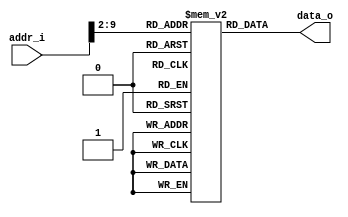
module Instruction_Memory
(
    addr_i, 
    data_o
);

// Ports
input   [31:0]		addr_i;
output  [31:0]      data_o;

// Instruction memory
reg     [31:0]		memory 	[0:255];

assign  data_o = memory[addr_i>>2];  

endmodule